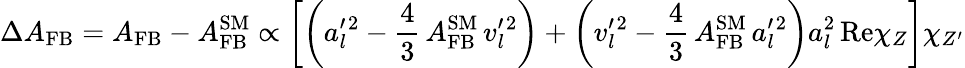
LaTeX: \Delta A_{\mathrm{FB}}=A_{\mathrm{FB}}-A_{\mathrm{FB}}^{\mathrm{SM}}\propto\left[\left(a_{l}^{\prime}{}^{2}-\frac{4}{3}\, A_{\mathrm{FB}}^{\mathrm{SM}}\, v_{l}^{\prime}{}^{2}\right)+\left(v_{l}^{\prime}{}^{2}-\frac{4}{3}\, A_{\mathrm{FB}}^{\mathrm{SM}}\, a_{l}^{\prime}{}^{2}\right)a_{l}^{2}\, \mathrm{Re}\chi_{Z}\right]\chi_{Z^{\prime}}